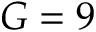
G = 9